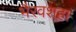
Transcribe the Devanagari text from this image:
भैरवशहा